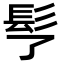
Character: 𩫶